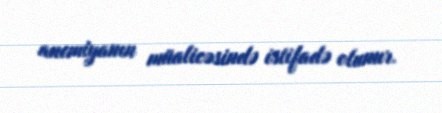
anemiyanın müalicəsində istifadə olunur.